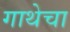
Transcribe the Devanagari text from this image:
गाथेचा